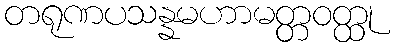
တရုဏပသန္နမဟာမတ္တဝတ္ထု